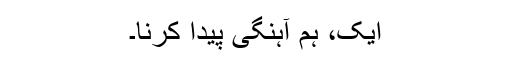
ایک، ہم آہنگی پیدا کرنا۔